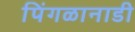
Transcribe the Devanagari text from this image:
पिंगळानाडी